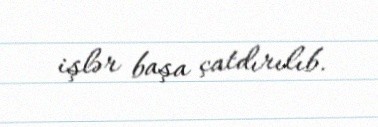
işlər başa çatdırılıb.